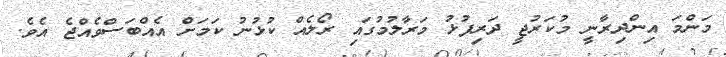
މަންމަ އިންދިރާނީ މުކަރުޖީ ދަރިފުޅު މަރާލުމުގައި ރޯލެއް ކުޅުނު ކަމަށް އެއްބަސްވެއްޖެ އެވެ.